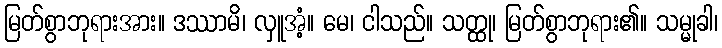
မြတ်စွာဘုရားအား။ ဒဿာမိ၊ လှူအံ့။ မေ၊ ငါသည်။ သတ္ထု၊ မြတ်စွာဘုရား၏။ သမ္မုခါ၊